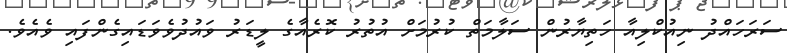
ސަރަހައްދު ނިއުކްލިއާ ހަތިޔާރުން ސަލާމަތް ކުރުމަށް އުތުރު ކޮރެއާގެ ލީޑަރު ވައުުުދުވެވަޑައިގެންފައި ވެއެވެ.